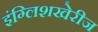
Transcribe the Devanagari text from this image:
इंग्लिशखेरीज